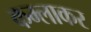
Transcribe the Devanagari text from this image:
कम्लाकर